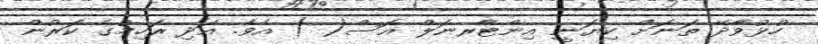
ހުޅުވާދޭ ތަނަށް ކިޔަނީ އިންޓާރނަލް އޮސް( ) އެވެ. އަދި ރަހިމުގެ ކަރުން